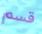
قسم